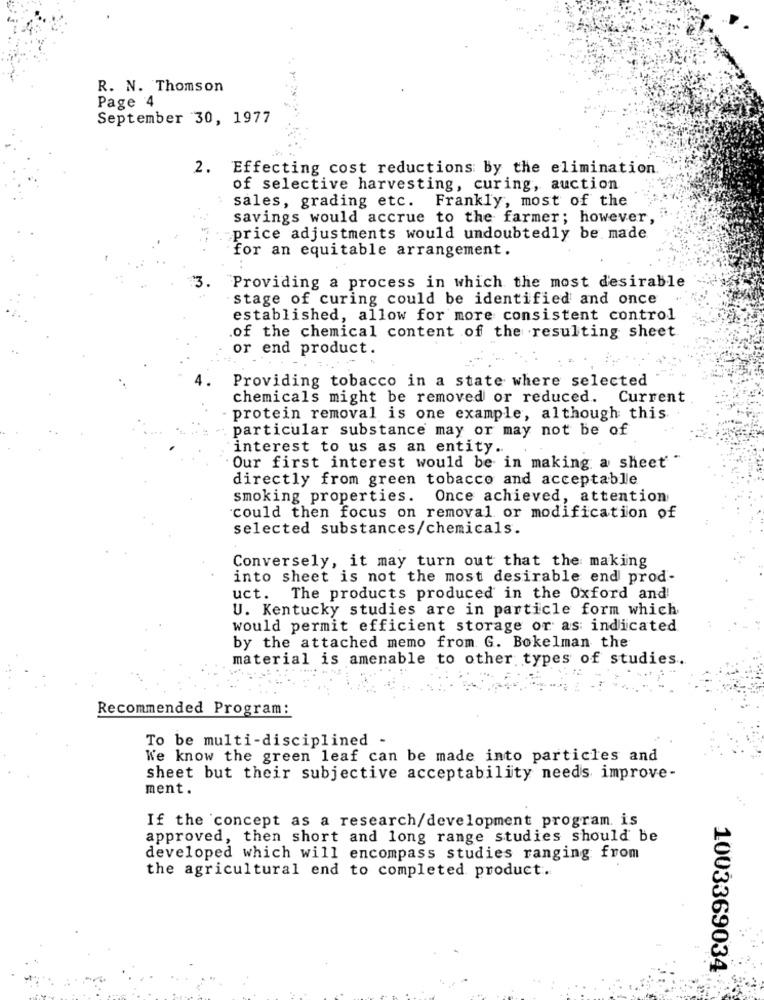
R. N. Thomson
Page 4
September 30, 1977
2.
Effecting cost reductions by the elimination
of selective harvesting, curing, auction
sales, grading etc. Frankly, most of the
savings would accrue to the farmer; however,
"price adjustments would undoubtedly be. made
for an equitable arrangement.
3.
Providing a process in which the most desirable
stage of curing could be identified and once
established, allow for more consistent control
.of the chemical content of the resulting sheet
or end product.
Providing tobacco in a state where selected
chemicals might be removed or reduced. Current
protein removal is one example, although this
particular substance may or may not be of
interest to us as an entity ..
Our first interest would be in making a sheet "
directly from green tobacco and acceptable
smoking properties. Once achieved, attention
could then focus on removal or modification of
selected substances/chemicals.
Conversely, it may turn out that the making
into sheet is not the most desirable end prod-
uct. The products produced in the Oxford and
U. Kentucky studies are in particle form which
would permit efficient storage or as indicated
by the attached memo from G. Bokelman the
material is amenable to other types of studies.
Recommended Program:
To be multi-disciplined -
We know the green leaf can be made into particles and
sheet but their subjective acceptability needs improve-
ment.
If the concept as a research/development program is
approved, then short and long range studies should be
developed which will encompass studies ranging from
the agricultural end to completed product.
1003369034